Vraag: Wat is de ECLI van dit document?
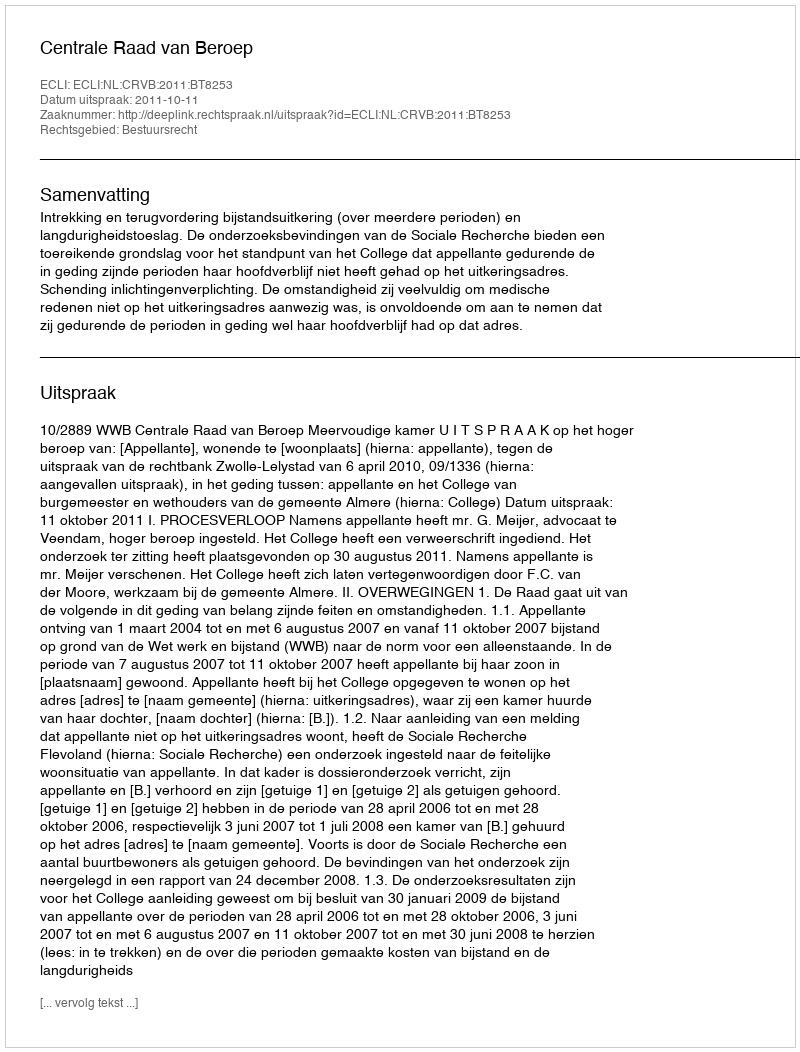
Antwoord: ECLI:NL:CRVB:2011:BT8253